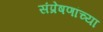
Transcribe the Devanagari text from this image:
संप्रेषणांच्या